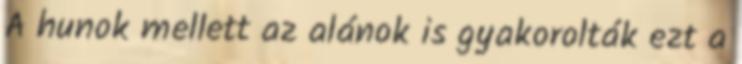
A hunok mellett az alánok is gyakorolták ezt a